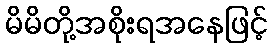
မိမိတို့အစိုးရအနေဖြင့်